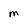
Character: M